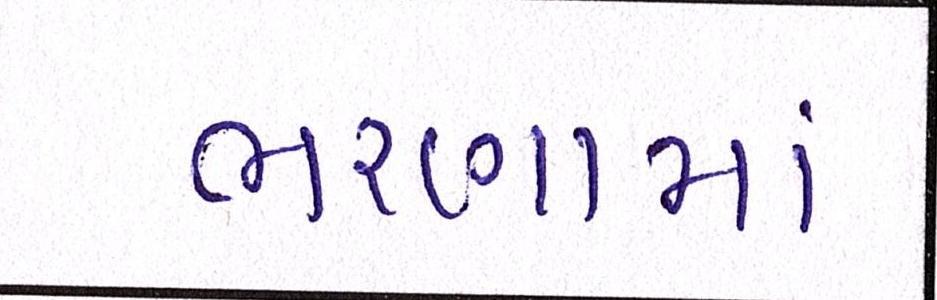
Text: ભરણામાં